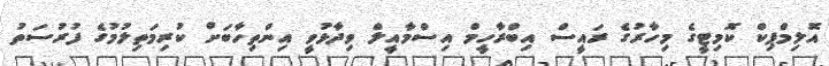
އޮލިމްޕިކް ކޮމިޓީގެ މިހާރުގެ ރައީސް އިބްރާހީމް އިސްމާއީލް ވިދާޅުވީ އިންތިހާބަށް ކުރިމަތިލުމުގެ ފުރުސަތު